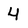
Character: 4